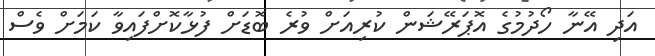
އަދި އޭނާ ހޯދުމުގެ އޮޕަރޭޝަން ކުރިއަށް ވުރެ ބޮޑަށް ފުޅާކޮށްފައިވާ ކަމަށް ވެސް